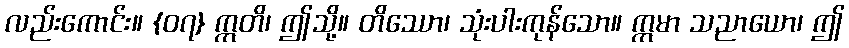
လည်းကောင်း။ {၀၇} ဣတိ၊ ဤသို့။ တိဿော၊ သုံးပါးကုန်သော။ ဣမာ သညာယော၊ ဤ